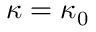
\kappa = \kappa _ { 0 }